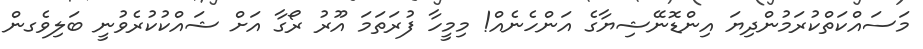
މަސައްކަތްކުރަމުންދިޔަ އިންޑޮނޭޝިޔާގެ އަންހެނެއް! މިމީހާ ފުރަތަމަ އޫރު ރޯގާ އަށް ޝައްކުކުރެވުނީ ބަލިވެގން